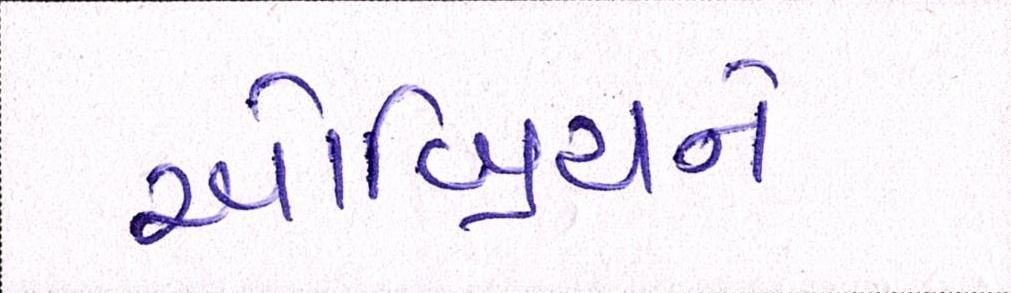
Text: ઓબ્રિયને